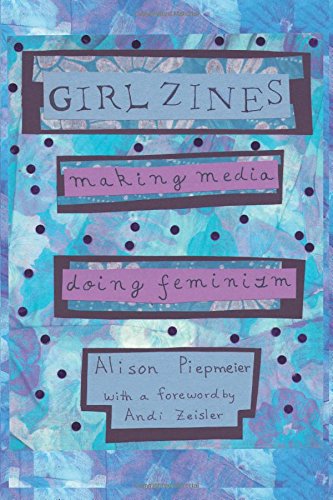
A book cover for Girl Zines: Making Media, Doing Feminism; Alison Piepmeier; Health, Fitness & Dieting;